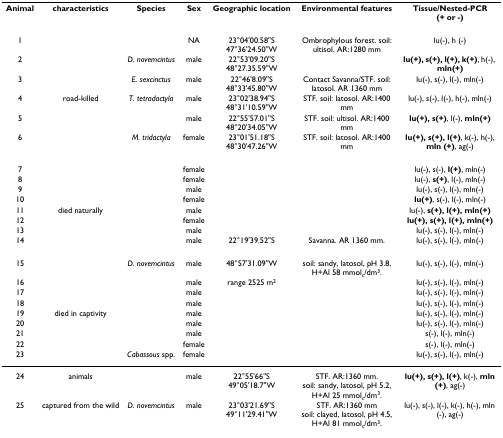
<table><thead><tr><td><b>Animal</b></td><td><b>characteristics</b></td><td><b>Species</b></td><td><b>Sex</b></td><td><b>Geographic location</b></td><td><b>Environmental features</b></td><td><b>Tissue/Nested-PCR (+ or -)</b></td></tr></thead><tbody><tr><td>1</td><td></td><td></td><td>NA</td><td>23°04&#x27;00.58&quot;S47°36&#x27;24.50&quot;W</td><td>Ombrophylous forest. soil: ultisol. AR:1280 mm</td><td>lu(-), h (-)</td></tr><tr><td>2</td><td></td><td><i>D. novemcintus</i></td><td>male</td><td>22°53&#x27;09.20&quot;S48°27.35.59&quot;W</td><td></td><td><b>lu(+), s(+), l(+), k(+)</b>, h(-), <b>mln(+)</b></td></tr><tr><td>3</td><td></td><td><i>E. sexcinctus</i></td><td>male</td><td>22°46&#x27;8.09&quot;S48°33&#x27;45.80&quot;W</td><td>Contact Savanna/STF. soil: latosol. AR 1360 mm</td><td>lu(-), s(-), l(-), mln(-)</td></tr><tr><td>4</td><td>road-killed</td><td><i>T. tetradactyla</i></td><td>male</td><td>23°02&#x27;38.94&quot;S48°31&#x27;10.59&quot;W</td><td>STF. soil: latosol. AR:1400 mm</td><td>lu(-), s(-), l(-), h(-), mln(-)</td></tr><tr><td>5</td><td></td><td></td><td>male</td><td>22°55&#x27;57.01&quot;S48°20&#x27;34.05&quot;W</td><td>STF. soil: ultisol. AR:1400 mm</td><td><b>lu(+), s(+)</b>, l(-), <b>mln(+)</b></td></tr><tr><td>6</td><td></td><td><i>M. tridactyla</i></td><td>female</td><td>23°01&#x27;51.18&quot;S48°30&#x27;47.26&quot;W</td><td>STF. soil: latosol. AR:1400 mm</td><td><b>lu(+), s(+), l(+)</b>, k(-), h(-), <b>mln (+)</b>, ag(-)</td></tr><tr><td>7</td><td></td><td></td><td>female</td><td></td><td></td><td>lu(-), s(-), <b>l(+)</b>, mln(-)</td></tr><tr><td>8</td><td></td><td></td><td>female</td><td></td><td></td><td>lu(-), <b>s(+)</b>, l(-), mln(-)</td></tr><tr><td>9</td><td></td><td></td><td>male</td><td></td><td></td><td>lu(-), s(-), l(-), mln(-)</td></tr><tr><td>10</td><td></td><td></td><td>female</td><td></td><td></td><td><b>lu(+)</b>, s(-), l(-), mln(-)</td></tr><tr><td>11</td><td>died naturally</td><td></td><td>male</td><td></td><td></td><td>lu(-), <b>s(+), l(+), mln(+)</b></td></tr><tr><td>12</td><td></td><td></td><td>female</td><td></td><td></td><td><b>lu(+), s(+), l(+), mln(+)</b></td></tr><tr><td>13</td><td></td><td></td><td>male</td><td></td><td></td><td>lu(-), s(-), l(-), mln(-)</td></tr><tr><td>14</td><td></td><td></td><td>male</td><td>22°19&#x27;39.52&quot;S</td><td>Savanna. AR 1360 mm.</td><td>lu(-), s(-), l(-), mln(-)</td></tr><tr><td>15</td><td></td><td><i>D. novemcintus</i></td><td>male</td><td>48°57&#x27;31.09&quot;W</td><td>soil: sandy, latosol, pH 3.8, H+Al 58 mmol<sub>c</sub>/dm<sup>3</sup>.</td><td>lu(-), s(-), l(-), mln(-)</td></tr><tr><td>16</td><td></td><td></td><td>male</td><td>range 2525 m<sup>2</sup></td><td></td><td>lu(-), s(-), l(-), mln(-)</td></tr><tr><td>17</td><td></td><td></td><td>male</td><td></td><td></td><td>lu(-), s(-), l(-), mln(-)</td></tr><tr><td>18</td><td></td><td></td><td>male</td><td></td><td></td><td>lu(-), s(-), l(-), mln(-)</td></tr><tr><td>19</td><td>died in captivity</td><td></td><td>male</td><td></td><td></td><td>lu(-), s(-), l(-), mln(-)</td></tr><tr><td>20</td><td></td><td></td><td>male</td><td></td><td></td><td>lu(-), s(-), l(-), mln(-)</td></tr><tr><td>21</td><td></td><td></td><td>male</td><td></td><td></td><td>s(-), l(-), mln(-)</td></tr><tr><td>22</td><td></td><td></td><td>female</td><td></td><td></td><td>s(-), l(-), mln(-)</td></tr><tr><td>23</td><td></td><td><i>Cabassous </i>spp.</td><td>female</td><td></td><td></td><td>lu(-), s(-), l(-), mln(-)</td></tr><tr><td>24</td><td>animals</td><td></td><td>male</td><td>22°55&#x27;66&quot;S49°05&#x27;18.7&quot;W</td><td>STF. AR:1360 mm.soil: sandy, latosol, pH 5.2, H+Al 25 mmol<sub>c</sub>/dm<sup>3</sup>.</td><td><b>lu(+), s(+), l(+)</b>, k(-), <b>mln (+)</b>, ag(-)</td></tr><tr><td>25</td><td>captured from the wild</td><td><i>D. novemcintus</i></td><td>male</td><td>23°03&#x27;21.69&quot;S49°11&#x27;29.41&quot;W</td><td>STF. AR:1360 mmsoil: clayed, latosol, pH 4.5, H+Al 81 mmol<sub>c</sub>/dm<sup>3</sup>.</td><td>lu(-), s(-), l(-), k(-), h(-), mln (-), ag(-)</td></tr></tbody></table>